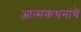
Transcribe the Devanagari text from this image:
आत्मकथनांचे